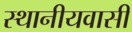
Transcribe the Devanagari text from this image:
स्थानीयवासी